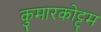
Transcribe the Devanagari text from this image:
कुमारकोट्टम